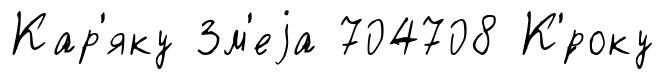
Кар'яку Зм'еjа 704708 К'́року